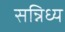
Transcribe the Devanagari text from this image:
सन्निध्य